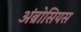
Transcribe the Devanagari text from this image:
अंब्रोसियस